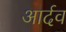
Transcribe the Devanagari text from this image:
आर्दव